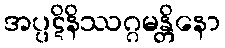
အပ္ပဋိနိဿဂ္ဂမန္တိနော